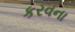
કરવના